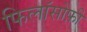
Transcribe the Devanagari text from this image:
फिलॉसोफ़ी